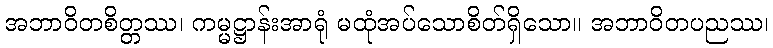
အဘာဝိတစိတ္တဿ၊ ကမ္မဋ္ဌာန်းအာရုံ မထုံအပ်သောစိတ်ရှိသော။ အဘာဝိတပညဿ၊